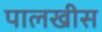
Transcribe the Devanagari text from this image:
पालखीस